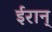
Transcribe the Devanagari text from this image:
ईरान्